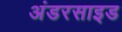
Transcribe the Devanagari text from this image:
अंडरसाइड